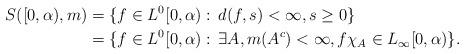
LaTeX: \begin{align*}S([0,\alpha),m)&=\{f\in L^0[0,\alpha):\, d(f,s)<\infty, s\geq 0\}\\&=\{f\in L^0[0,\alpha):\, \exists A, m(A^c)<\infty, f\chi_A\in L_{\infty}[0,\alpha)\}.\end{align*}